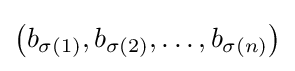
\left(b_{\sigma (1)},b_{\sigma (2)},\ldots ,b_{\sigma (n)}\right)